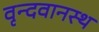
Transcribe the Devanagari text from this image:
वृन्दवानस्थ